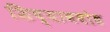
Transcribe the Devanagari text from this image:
शिष्यावबोध